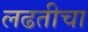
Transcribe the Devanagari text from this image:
लढतीचा